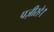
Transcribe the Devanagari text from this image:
पज़ीरहे।